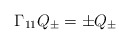
\begin{align*}\Gamma_{11}Q_\pm = \pm Q_\pm\end{align*}